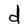
Character: d